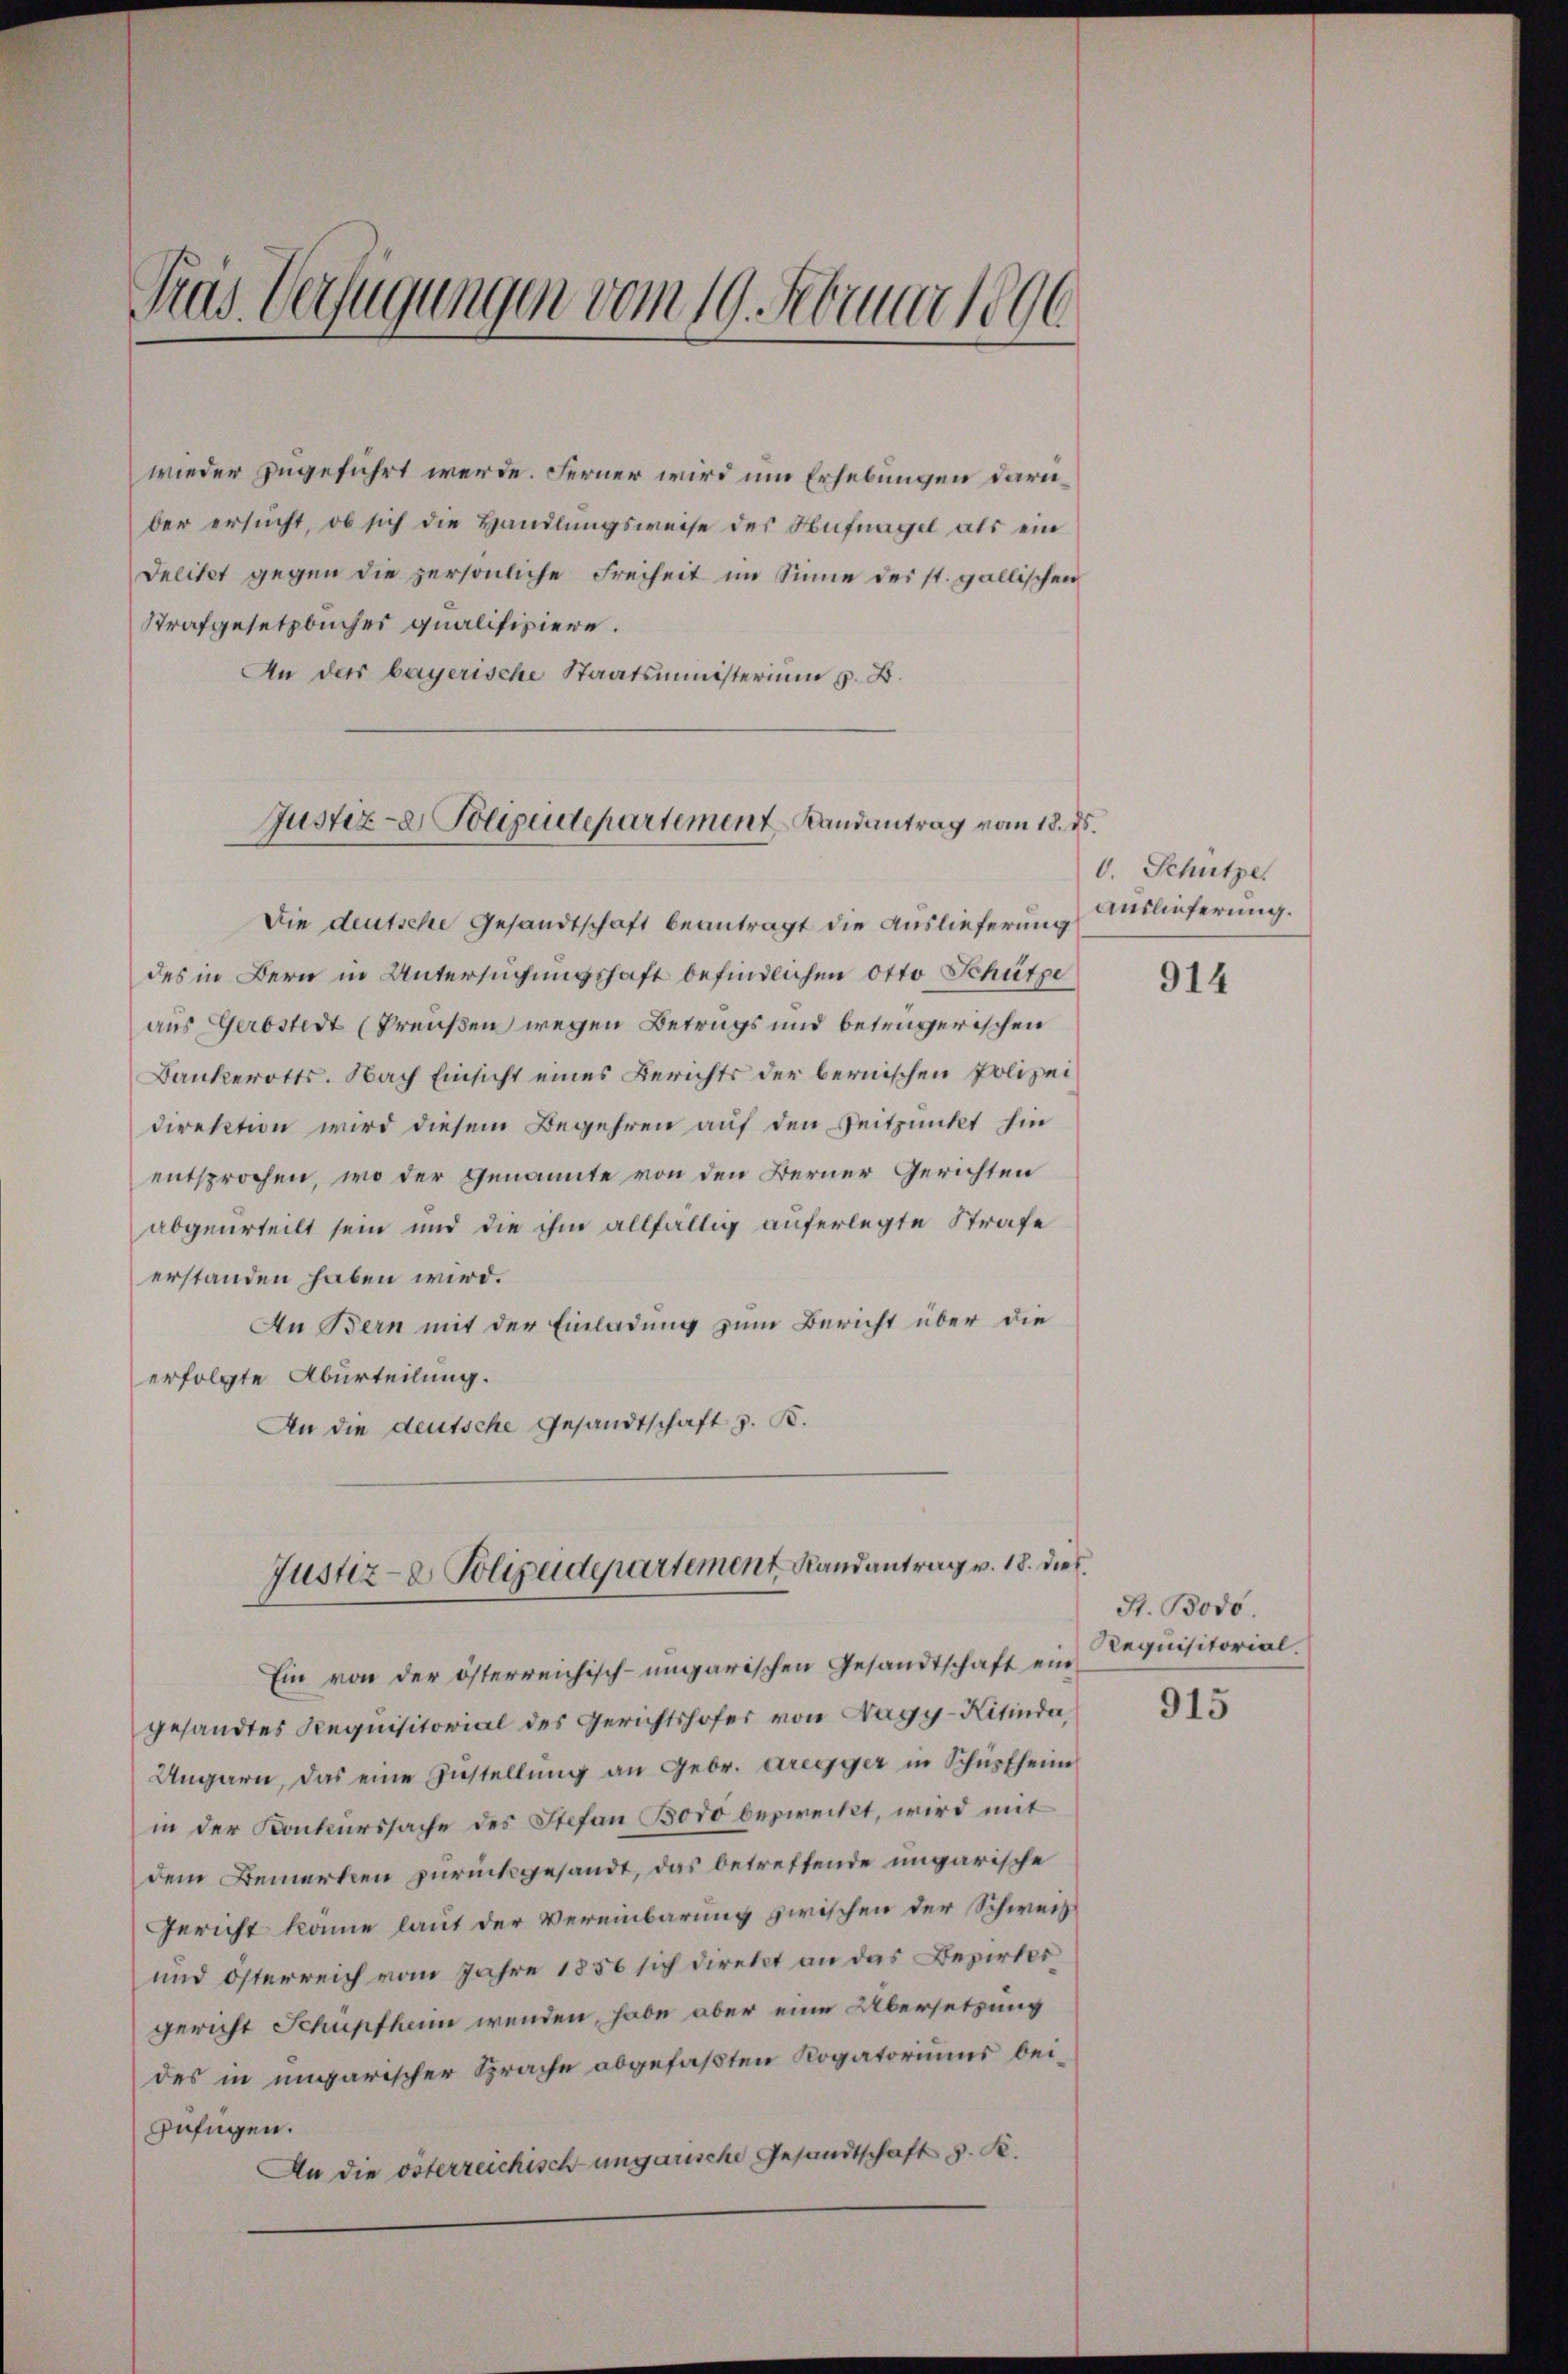
Tras Verfügungen vom 19. Februar 1896

wieder zugeführt werde. Ferner wird um Erhebungen darüber ersucht, ob sich die Handlungsweise des Aufnagel als ein
Delitet gegen die persönliche Freiheit im Sinne des st. gallischen
Strafgesetzbucher qualifiziere.
An der bayerische Staatsministerium z. B.
Die deutsche Gesandtschaft beantragt die Auslieferung Auslieferung.
des in Bern in Untersuchungshaft befindlichen Otto Schütze
aus Geröstedt (Preußen wegen Betrags und betrügerischen
Bankerotts. Nach Einsicht eines Berichts der bernischen Polizei
direktion wird diesem Begehren auf den Zeitpunkt hin
entsprochen, wo der Genannte von den Berner Gerichten
abgeurteilt sein und die ihm allfällig auferlegte Strafe
erstanden haben wird.
An Bern mit der Einladung zum Bericht über die
erfolgte Aburteilung.
An die deutsche Gesandtschaft z. B.
Justiz- & Polizeidepartement Randantrag v. 18. dies
Ein von der österreichisch-ungarischen Gesandtschaft ein
gesandtes Aequisitorial des Gerichtshofer von Nagy-Kitinda,
Ungarn, das eine Zustellung an Gebr. eregger in Schüpfheim
in der Konkurssache des Stefan Boro bezweckt, wird mit
dem Bemerken zurückgesandt, das betreffende ungarische
Gericht könne laut der Vereinbarung zwischen der Schweiz.
und österreich vom Jahre 1856 sich direkt an das Bezirksgericht Schupfkam wenden, habe aber eine Übersetzung
des in ungarischer Sprache abgefaßten Kogatoriums beigefügen.
An die österzeichisch-ungarische Gesandtschaft d. R.

Justiz- & Polizeidepartement Randantrag vom 18. ds.

V. Schütze

914

H. Bodo.
Requisitorial

915